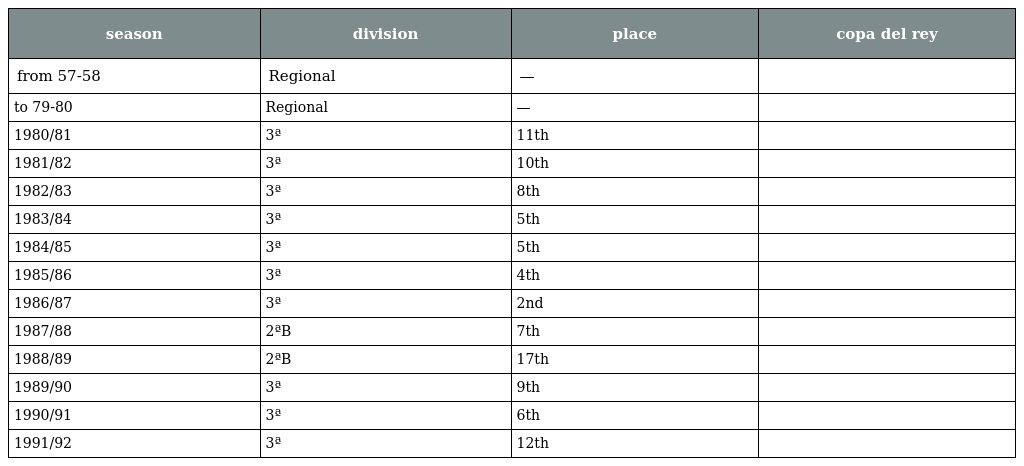
| season | division | place | copa del rey |
 | --- | --- | --- | --- |
 | from 57-58 | Regional | — |  |
 | to 79-80 | Regional | — |  |
 | 1980/81 | 3ª | 11th |  |
 | 1981/82 | 3ª | 10th |  |
 | 1982/83 | 3ª | 8th |  |
 | 1983/84 | 3ª | 5th |  |
 | 1984/85 | 3ª | 5th |  |
 | 1985/86 | 3ª | 4th |  |
 | 1986/87 | 3ª | 2nd |  |
 | 1987/88 | 2ªB | 7th |  |
 | 1988/89 | 2ªB | 17th |  |
 | 1989/90 | 3ª | 9th |  |
 | 1990/91 | 3ª | 6th |  |
 | 1991/92 | 3ª | 12th |  |